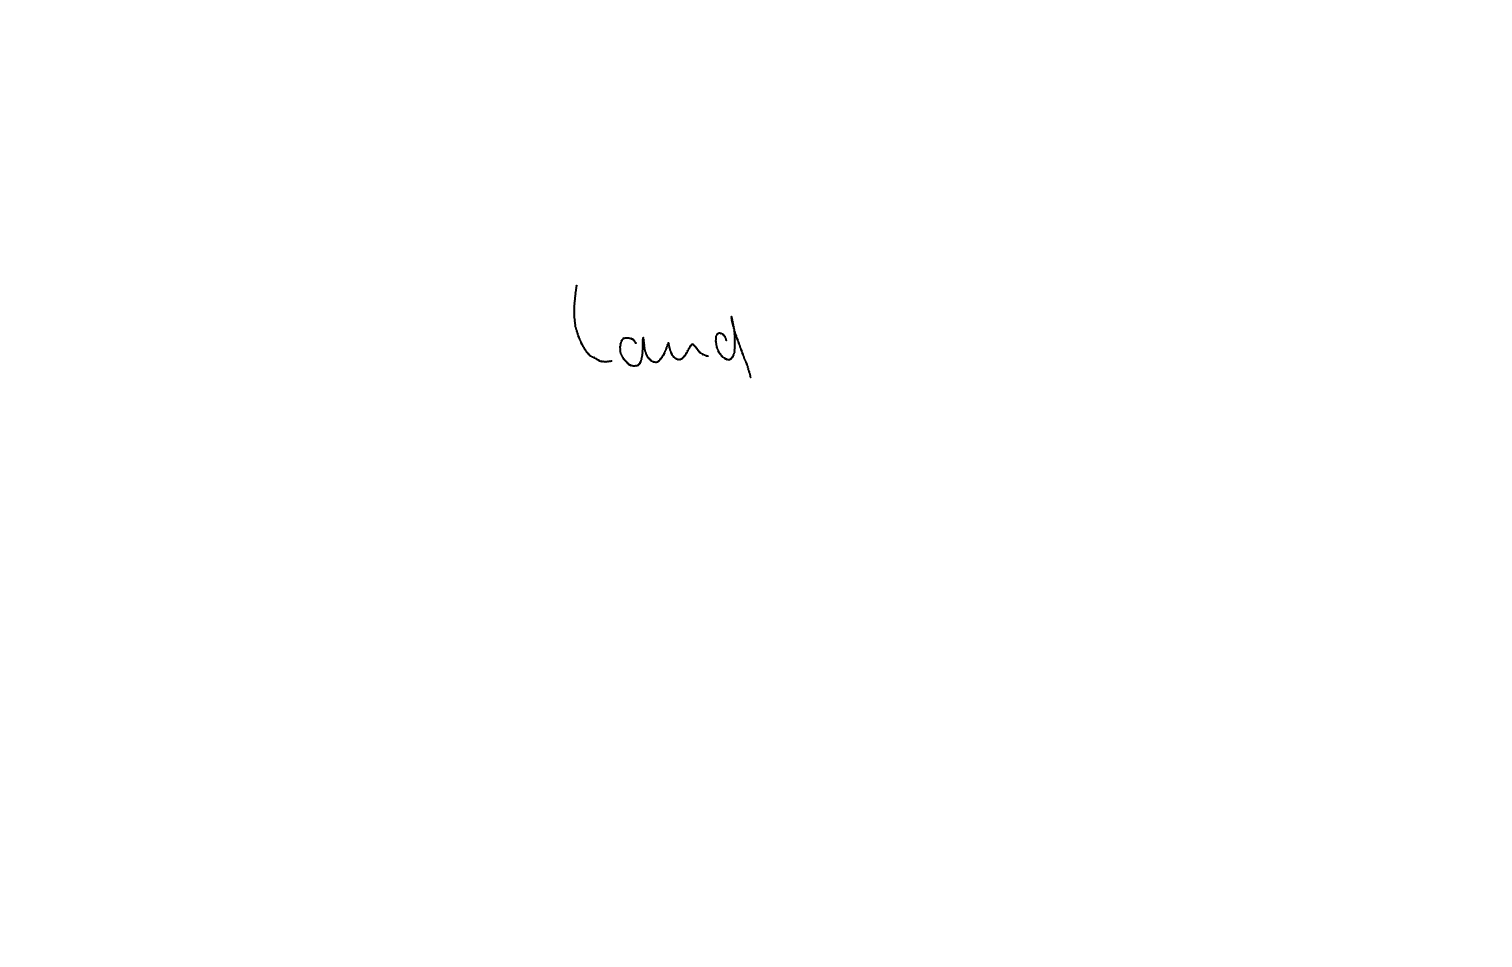
Text: Land